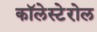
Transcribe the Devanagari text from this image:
कॉलेस्टेरोल